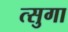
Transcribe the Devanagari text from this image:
त्सुगा